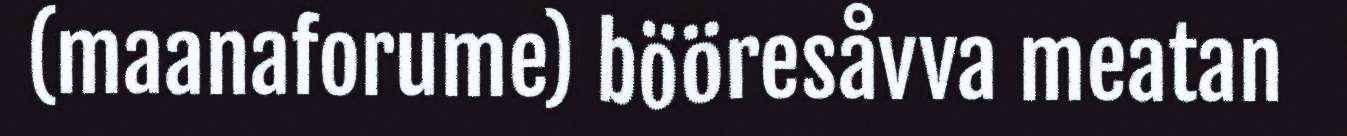
(maanaforume) bööresåvva meatan